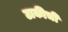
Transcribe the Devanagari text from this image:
टाकीची